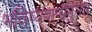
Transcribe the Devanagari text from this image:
भविष्यवाणीनुसार